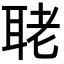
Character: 𦕳